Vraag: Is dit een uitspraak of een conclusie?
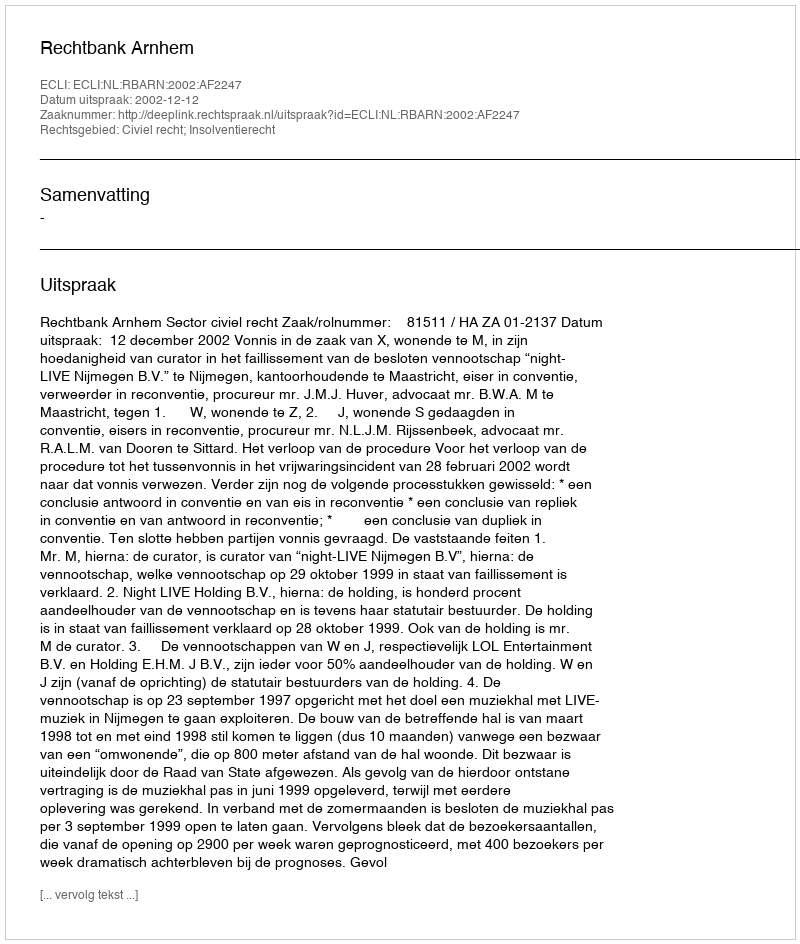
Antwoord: Uitspraak